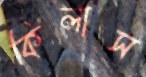
কিলাস